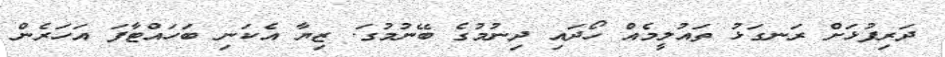
ދަރިފުޅަށް ރަނގަޅު ތައުލީމެއް ހޯދައި ދިނުމުގެ ބޭނުމުގަ. ޒިޔާ އެކަނި ބަހައްޓާފަ އަހަރެން